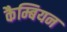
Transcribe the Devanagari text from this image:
कैम्बियन